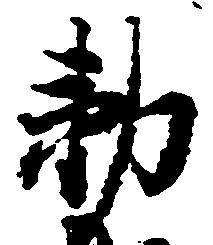
勅